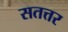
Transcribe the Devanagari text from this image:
सतत्तर